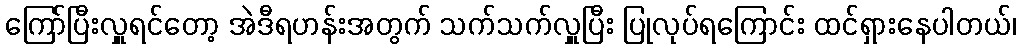
ကြော်ပြီးလှူရင်တော့ အဲဒီရဟန်းအတွက် သက်သက်လှူပြီး ပြုလုပ်ရကြောင်း ထင်ရှားနေပါတယ်၊